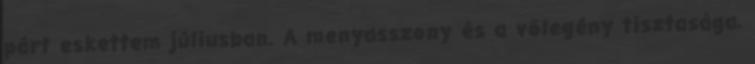
párt eskettem júliusban. A menyasszony és a vőlegény tisztasága,